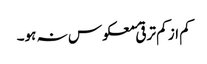
کم از کم ترقیٔ معکوس نہ ہو۔